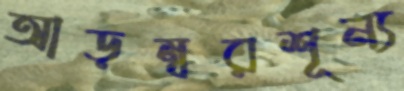
আড়ম্বরশূন্য